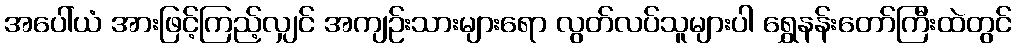
အပေါ်ယံ အားဖြင့်ကြည့်လျှင် အကျဉ်းသားများရော လွတ်လပ်သူများပါ ရွှေနန်းတော်ကြီးထဲတွင်